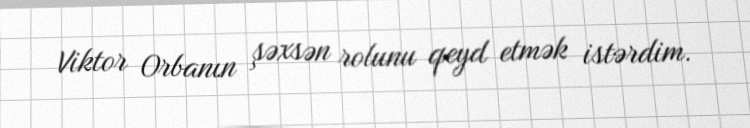
Viktor Orbanın şəxsən rolunu qeyd etmək istərdim.